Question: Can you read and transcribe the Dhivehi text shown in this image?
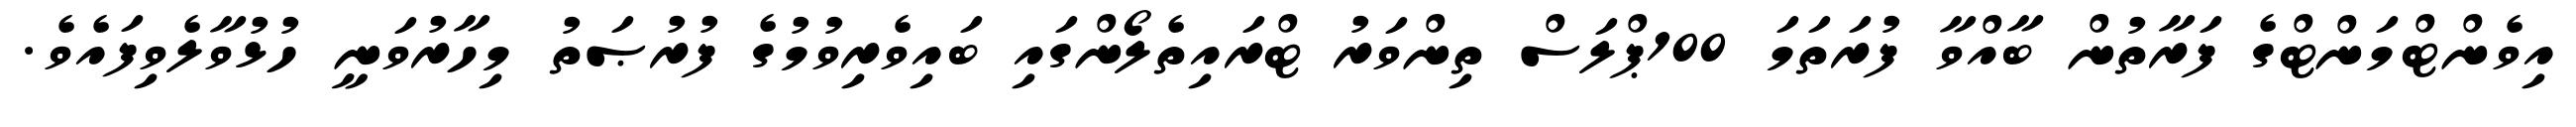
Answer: އިވެންޓްމަންޓްގެ ފަރާތުން ބާއްވާ ފުރަތަމަ 100ޕްލަސް ތިންވަރު ޓްރައިތެލޯންގައި ބައިވެރިވުމުގެ ފުރުޞަތު މިހާރުވަނީ ހުޅުވާލެވިފައެވެ.